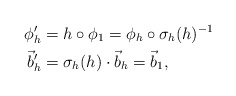
\begin{align*}\phi'_{h}&=h\circ \phi_{1}=\phi_{h}\circ \sigma_{h}(h)^{-1}\\\vec b'_{h}&=\sigma_{h}(h)\cdot \vec b_{h}=\vec b_{1},\end{align*}